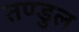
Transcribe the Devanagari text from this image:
तण्डुल